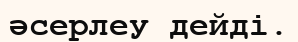
әсерлеу дейді.